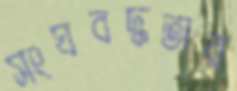
সংঘবদ্ধতার